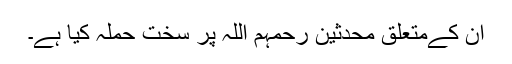
ان کےمتعلق محدثین رحمہم اللہ پر سخت حملہ کیا ہے۔